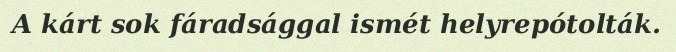
A kárt sok fáradsággal ismét helyrepótolták.